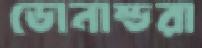
ডোনাল্ডরা